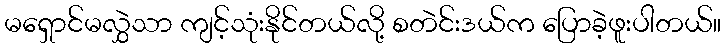
မရှောင်မလွှဲသာ ကျင့်သုံးနိုင်တယ်လို့ စတဲင်းဒယ်က ပြောခဲ့ဖူးပါတယ်။